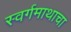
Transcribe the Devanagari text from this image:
स्वर्गमाथाचा